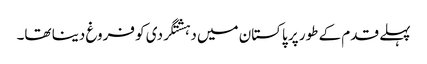
پہلے قدم کے طور پر پاکستان میں دہشتگردی کو فروغ دینا تھا۔